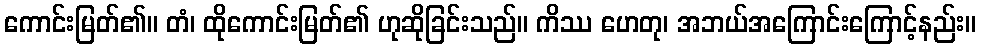
ကောင်းမြတ်၏။ တံ၊ ထိုကောင်းမြတ်၏ ဟုဆိုခြင်းသည်။ ကိဿ ဟေတု၊ အဘယ်အကြောင်းကြောင့်နည်း။